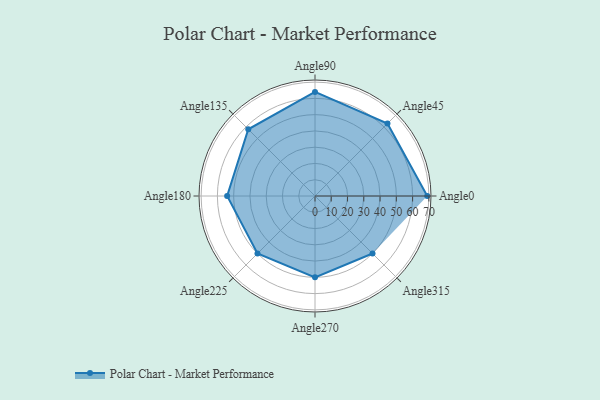
{"axis": {"x": "Angle", "y": "Radius"}, "legend": [""], "data": [{"x": "Angle0", "y": 69.0, "type": ""}, {"x": "Angle45", "y": 63.0, "type": ""}, {"x": "Angle90", "y": 64.0, "type": ""}, {"x": "Angle135", "y": 58.0, "type": ""}, {"x": "Angle180", "y": 54.0, "type": ""}, {"x": "Angle225", "y": 50, "type": ""}, {"x": "Angle270", "y": 50, "type": ""}, {"x": "Angle315", "y": 50, "type": ""}]}